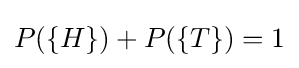
P(\{H\})+P(\{T\})=1